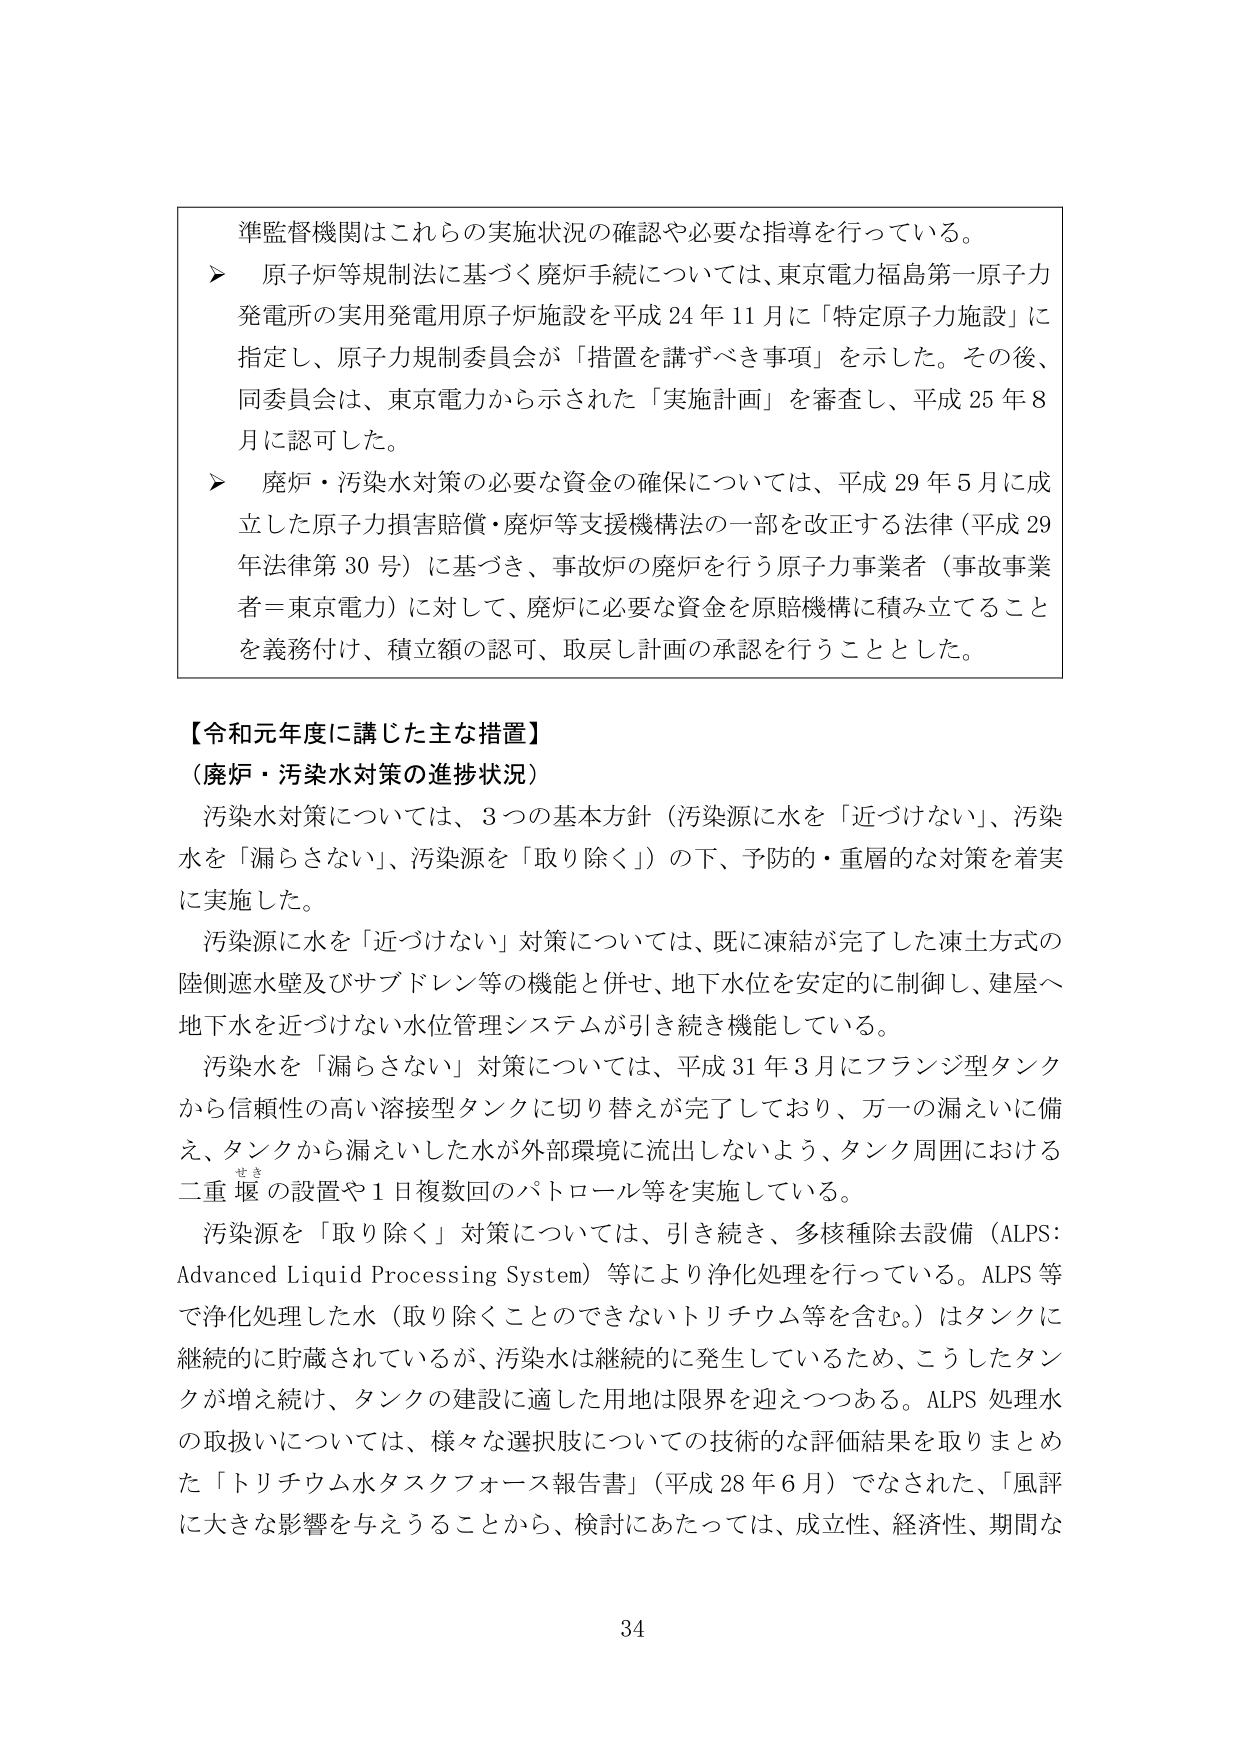
準監督機関はこれらの実施状況の確認や必要な指導を行っている。

➤ 原子炉等規制法に基づく廃炉手続については、東京電力福島第一原子力発電所の実用発電用原子炉施設を平成24年11月に「特定原子力施設」に指定し、原子力規制委員会が「措置を講ずべき事項」を示した。その後、同委員会は、東京電力から示された「実施計画」を審査し、平成25年8月に認可した。

➤ 廃炉・汚染水対策の必要な資金の確保については、平成29年5月に成立した原子力損害賠償・廃炉等支援機構法の一部を改正する法律（平成29年法律第30号）に基づき、事故炉の廃炉を行う原子力事業者（事故事業者＝東京電力）に対して、廃炉に必要な資金を原賠機構に積み立てることを義務付け、積立額の認可、取戻し計画の承認を行うこととした。

【令和元年度に講じた主な措置】
（廃炉・汚染水対策の進捗状況）

汚染水対策については、3つの基本方針（汚染源に水を「近づけない」、汚染水を「漏らさない」、汚染源を「取り除く」）の下、予防的・重層的な対策を着実に実施した。

汚染源に水を「近づけない」対策については、既に凍結が完了した凍土方式の陸側遮水壁及びサブドレン等の機能と併せ、地下水位を安定的に制御し、建屋へ地下水を近づけない水位管理システムが引き続き機能している。

汚染水を「漏らさない」対策については、平成31年3月にフランジ型タンクから信頼性の高い溶接型タンクに切り替えが完了しており、万一の漏えいに備え、タンクから漏えいした水が外部環境に流出しないよう、タンク周囲における二重堰の設置や1日複数回のパトロール等を実施している。

汚染源を「取り除く」対策については、引き続き、多核種除去設備（ALPS: Advanced Liquid Processing System）等により浄化処理を行っている。ALPS等で浄化処理した水（取り除くことのできないトリチウム等を含む。）はタンクに継続的に貯蔵されているが、汚染水は継続的に発生しているため、こうしたタンクが増え続け、タンクの建設に適した用地は限界を迎えつつある。ALPS処理水の取扱いについては、様々な選択肢についての技術的な評価結果を取りまとめた「トリチウム水タスクフォース報告書」（平成28年6月）でなされた、「風評に大きな影響を与えることから、検討にあたっては、成立性、経済性、期間な

34